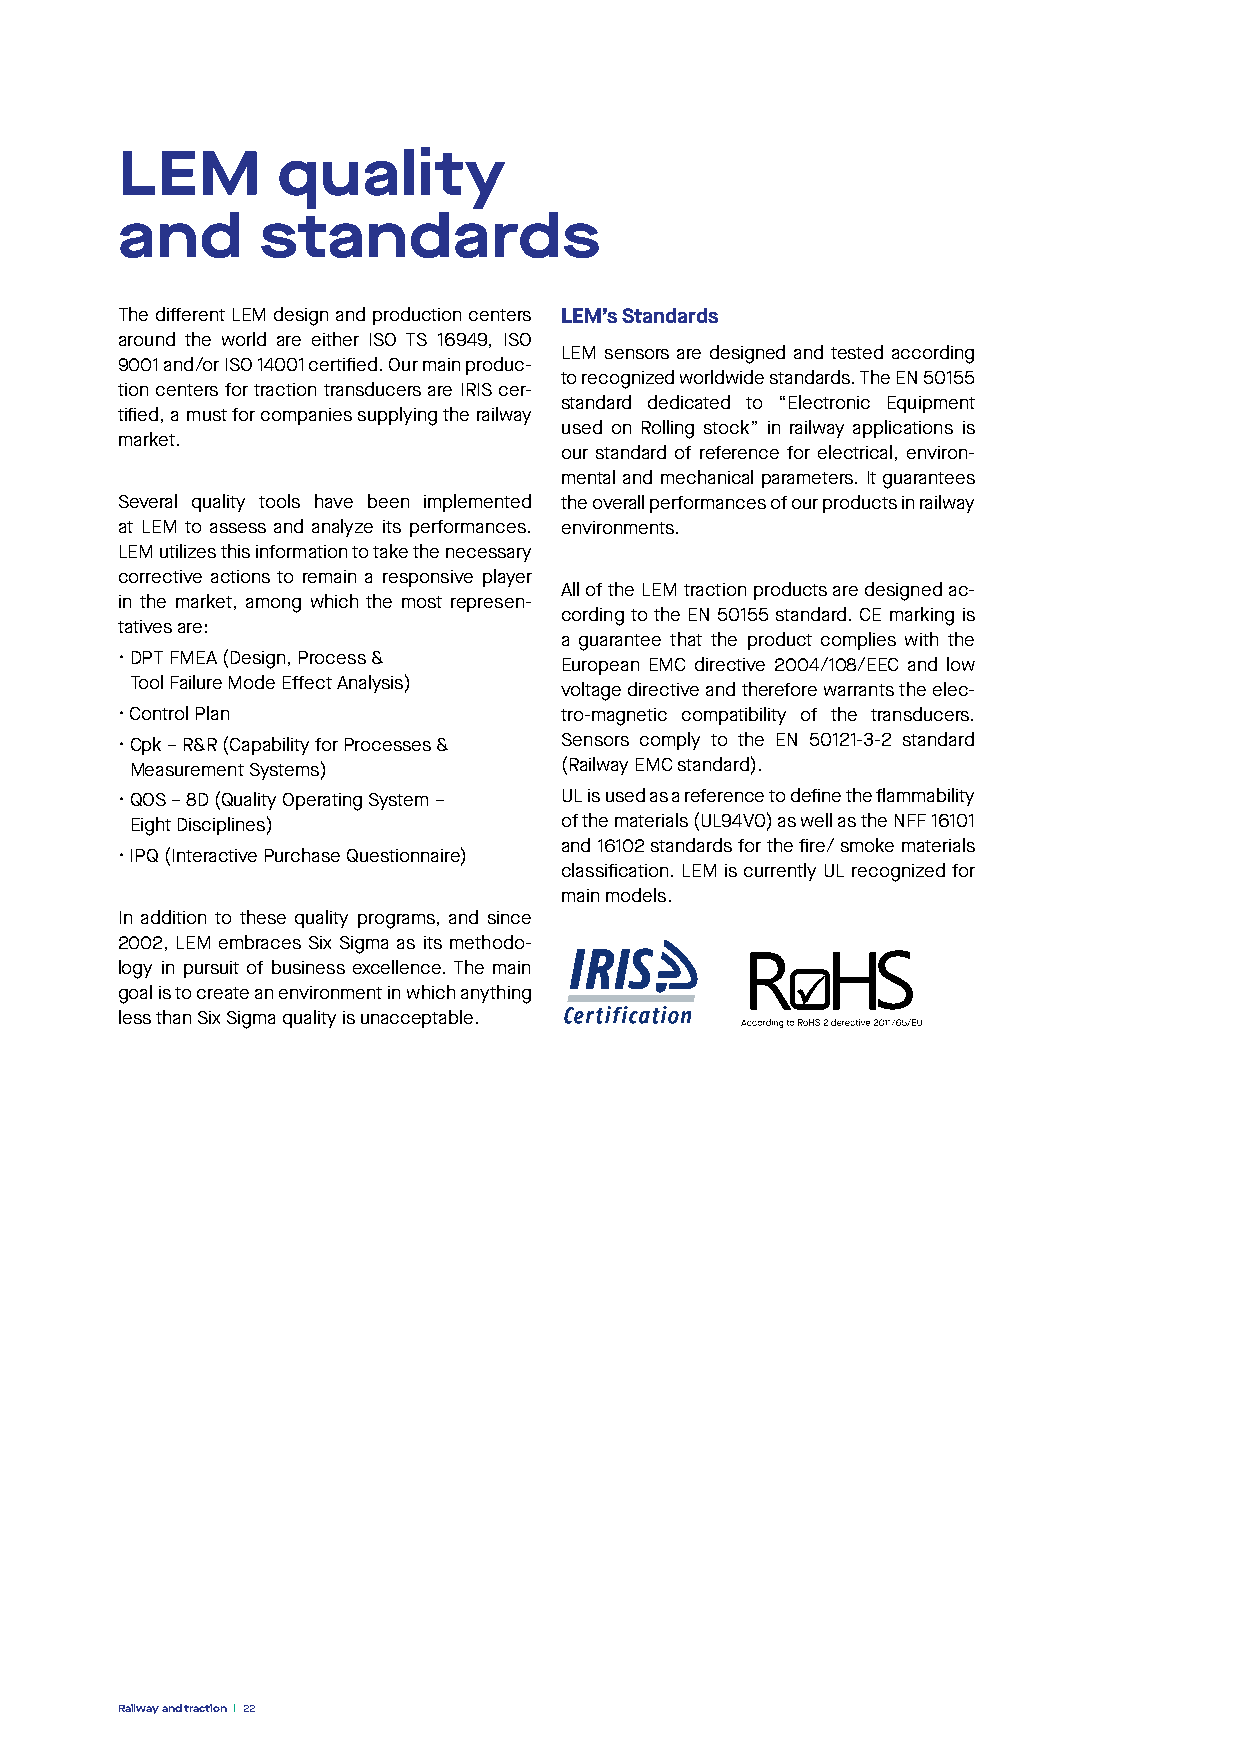
LEM       quality
 and      standards
 The different LEM design and production centers LEM’s Standards
 around the world are either ISO TS 16949, ISO
 LEM sensors are designed and tested according
 9001 and/or ISO 14001 certified. Our main produc-
 to recognized worldwide standards. The EN 50155
 tion centers for traction transducers are IRIS cer-
 standard dedicated to “Electronic Equipment
 tified, a must for companies supplying the railway
 used on Rolling stock” in railway applications is
 market.
 our standard of reference for electrical, environ-
 mental and mechanical parameters. It guarantees
 Several quality tools have been implemented the overall performances of our products in railway
 at LEM to assess and analyze its performances. environments.
 LEM utilizes this information to take the necessary
 corrective actions to remain a responsive player
 All of the LEM traction products are designed ac-
 in the market, among which the most represen-
 cording to the EN 50155 standard. CE marking is
 tatives are:
 a guarantee that the product complies with the
 • DPT FMEA (Design, Process &
 European EMC directive 2004/108/EEC and low
 Tool Failure Mode Effect Analysis)
 voltage directive and therefore warrants the elec-
 • Control Plan               tro-magnetic compatibility of the transducers.
 • Cpk – R&R (Capability for Processes & Sensors comply to the EN 50121-3-2 standard
 Measurement Systems)        (Railway EMC standard).
 • QOS – 8D (Quality Operating System – UL is used as a reference to define the flammability
 Eight Disciplines)          of the materials (UL94V0) as well as the NFF 16101
 and 16102 standards for the fire/ smoke materials
 • IPQ (Interactive Purchase Questionnaire)
 classification. LEM is currently UL recognized for
 main models.
 In addition to these quality programs, and since
 2002, LEM embraces Six Sigma as its methodo-
 logy in pursuit of business excellence. The main
 goal is to create an environment in which anything
 less than Six Sigma quality is unacceptable.
 Railway and traction 22